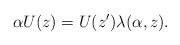
LaTeX: \begin{align*}\alpha U(z)=U(z')\lambda(\alpha,z).\end{align*}